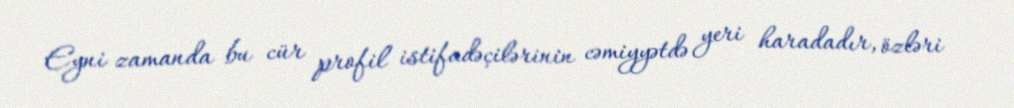
Eyni zamanda bu cür profil istifadəçilərinin cəmiyyətdə yeri haradadır, özləri